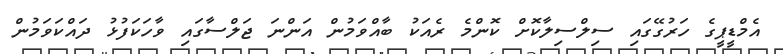
އެމްޑީޕީގެ ހަރުގޭގައި ސިލްސިލާކޮށް ކޮންމެ ރެއަކު ބާއްވަމުން އަންނަ ޖަލްސާގައި ވާހަކަފުޅު ދައްކަވަމުން